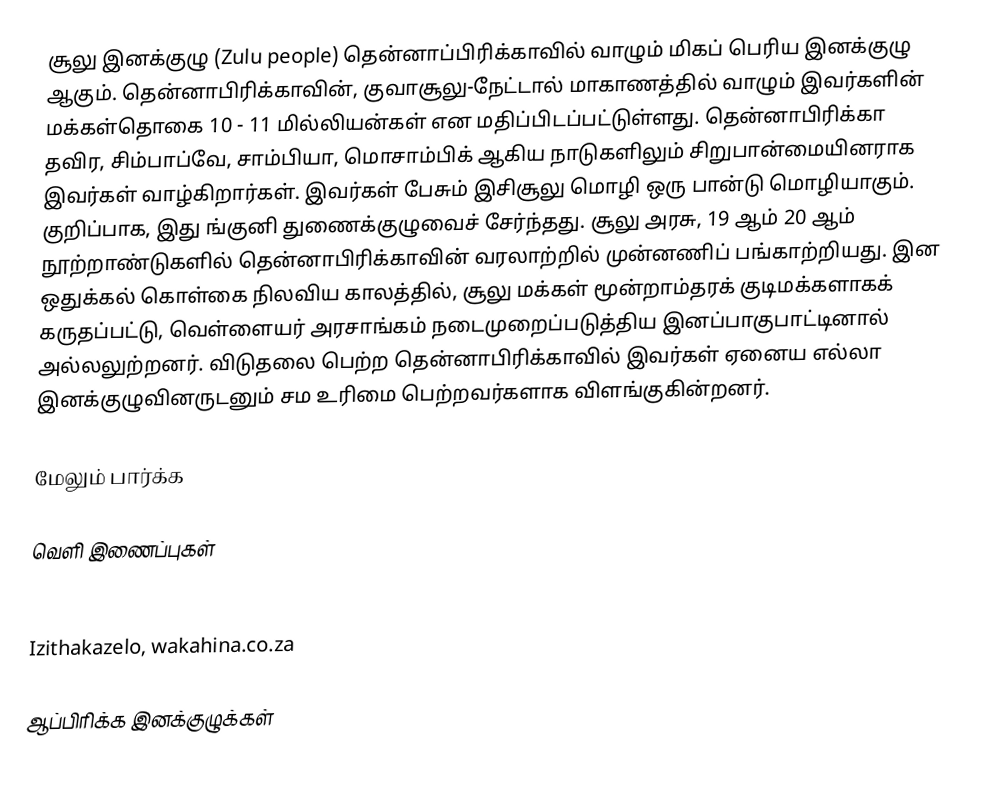
சூலு இனக்குழு (Zulu people) தென்னாப்பிரிக்காவில் வாழும் மிகப் பெரிய இனக்குழு ஆகும். தென்னாபிரிக்காவின், குவாசூலு-நேட்டால் மாகாணத்தில் வாழும் இவர்களின் மக்கள்தொகை 10 - 11 மில்லியன்கள் என மதிப்பிடப்பட்டுள்ளது. தென்னாபிரிக்கா தவிர, சிம்பாப்வே, சாம்பியா, மொசாம்பிக் ஆகிய நாடுகளிலும் சிறுபான்மையினராக இவர்கள் வாழ்கிறார்கள். இவர்கள் பேசும் இசிசூலு மொழி ஒரு பான்டு மொழியாகும். குறிப்பாக, இது ங்குனி துணைக்குழுவைச் சேர்ந்தது. சூலு அரசு, 19 ஆம் 20 ஆம் நூற்றாண்டுகளில் தென்னாபிரிக்காவின் வரலாற்றில் முன்னணிப் பங்காற்றியது. இன ஒதுக்கல் கொள்கை நிலவிய காலத்தில், சூலு மக்கள் மூன்றாம்தரக் குடிமக்களாகக் கருதப்பட்டு, வெள்ளையர் அரசாங்கம் நடைமுறைப்படுத்திய இனப்பாகுபாட்டினால் அல்லலுற்றனர். விடுதலை பெற்ற தென்னாபிரிக்காவில் இவர்கள் ஏனைய எல்லா இனக்குழுவினருடனும் சம உரிமை பெற்றவர்களாக விளங்குகின்றனர்.

மேலும் பார்க்க

வெளி இணைப்புகள்

 History section of the official page for the Zululand region, Zululand.kzn.org
 Izithakazelo, wakahina.co.za

ஆப்பிரிக்க இனக்குழுக்கள்